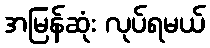
အမြန်ဆုံး လုပ်ရမယ်